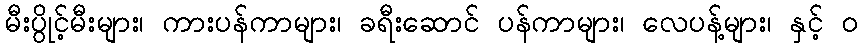
မီးပွိုင့်မီးများ၊ ကားပန်ကာများ၊ ခရီးဆောင် ပန်ကာများ၊ လေပန့်များ၊ နှင့် ၀